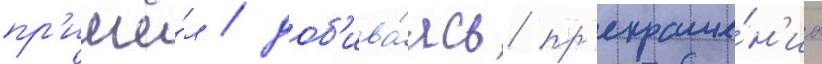
пр'ишё́л / доб'ива́ясь пр'екраще́н'иа